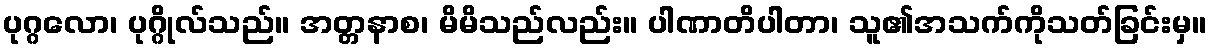
ပုဂ္ဂလော၊ ပုဂ္ဂိုလ်သည်။ အတ္တနာစ၊ မိမိသည်လည်း။ ပါဏာတိပါတာ၊ သူ၏အသက်ကိုသတ်ခြင်းမှ။